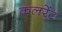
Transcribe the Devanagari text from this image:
कलरेंट